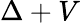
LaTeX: \Delta+V